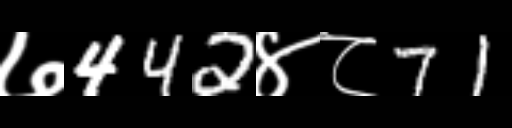
Text: ७442४८71